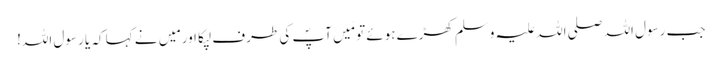
جب رسول اللہ صلی اللہ علیہ وسلم کھڑے ہوئے تو مَیں آپؐ کی طرف لپکا اور مَیں نے کہا کہ یا رسول اللہ!